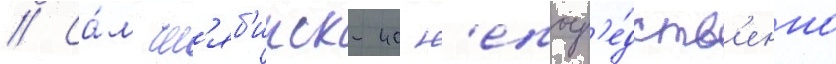
// Са́м чел'яб'инск-40 н'епоср'е́дств'енно